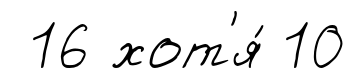
16 хот'я́ 10